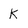
Character: k